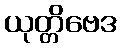
ယုတ္တိဗေဒ